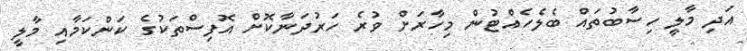
އަދި މާލީ ހިސާބުތައް ބެލެހެއްޓުން މިހާރަށް ވުރެ ހަރުދަނާކޮށް އޮފިސްތަކުގެ ކަންކަމާއި މާލީ